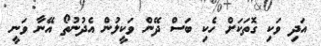
އަދި ވަކި ގޮތަކަށް ހެކި ބަސް ދޭން ވަކީލުން އެދުނުތޯ އޭނާ ވަނީ